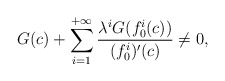
\begin{align*}G(c)+\sum_{i=1}^{+\infty}\frac{\lambda^i G(f_0^i(c))}{(f_0^i)'(c)}\neq 0,\end{align*}